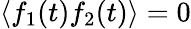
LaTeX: \langle f_{1}(t)f_{2}(t)\rangle=0